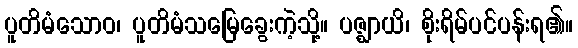
ပူတိမံသောဝ၊ ပူတိမံသမြေခွေးကဲ့သို့။ ပဇ္ဈာယိ၊ စိုးရိမ်ပင်ပန်းရ၏။